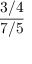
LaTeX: \frac { 3 / 4 } { 7 / 5 }